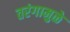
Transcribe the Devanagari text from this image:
तरंगामुळे